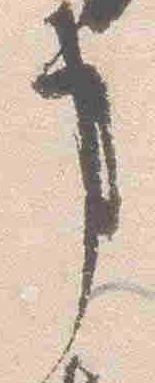
事